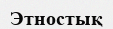
Этностық